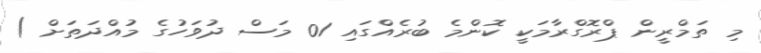
މި ތަމްރީން ޕްރޮގްރާމަކީ ކޮންމެ ބުރެއްގައި 01 މަސް ދުވަހުގެ މުއްދަތަށް )